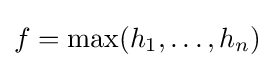
f=\max(h_{1},\dots ,h_{n})